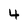
Character: 4